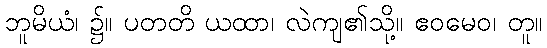
ဘူမိယံ၊ ၌။ ပတတိ ယထာ၊ လဲကျ၏သို့။ ဧဝမေဝ၊ တူ။